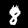
Digit: 8